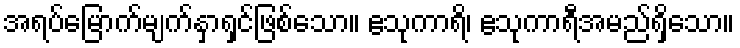
အရပ်မြောက်မျက်နှာရှင်ဖြစ်သော။ ဧသုကာရိ၊ ဧသုကာရီအမည်ရှိသော။